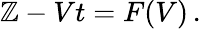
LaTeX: \mathbb{Z}-Vt=F(V)\, .